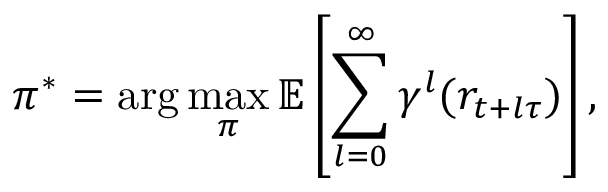
\pi ^ { * } = \arg \operatorname* { m a x } _ { \pi } \mathbb { E } \left[ \sum _ { l = 0 } ^ { \infty } \gamma ^ { l } ( r _ { t + l \tau } ) \right] ,